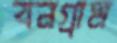
বনগ্রাম